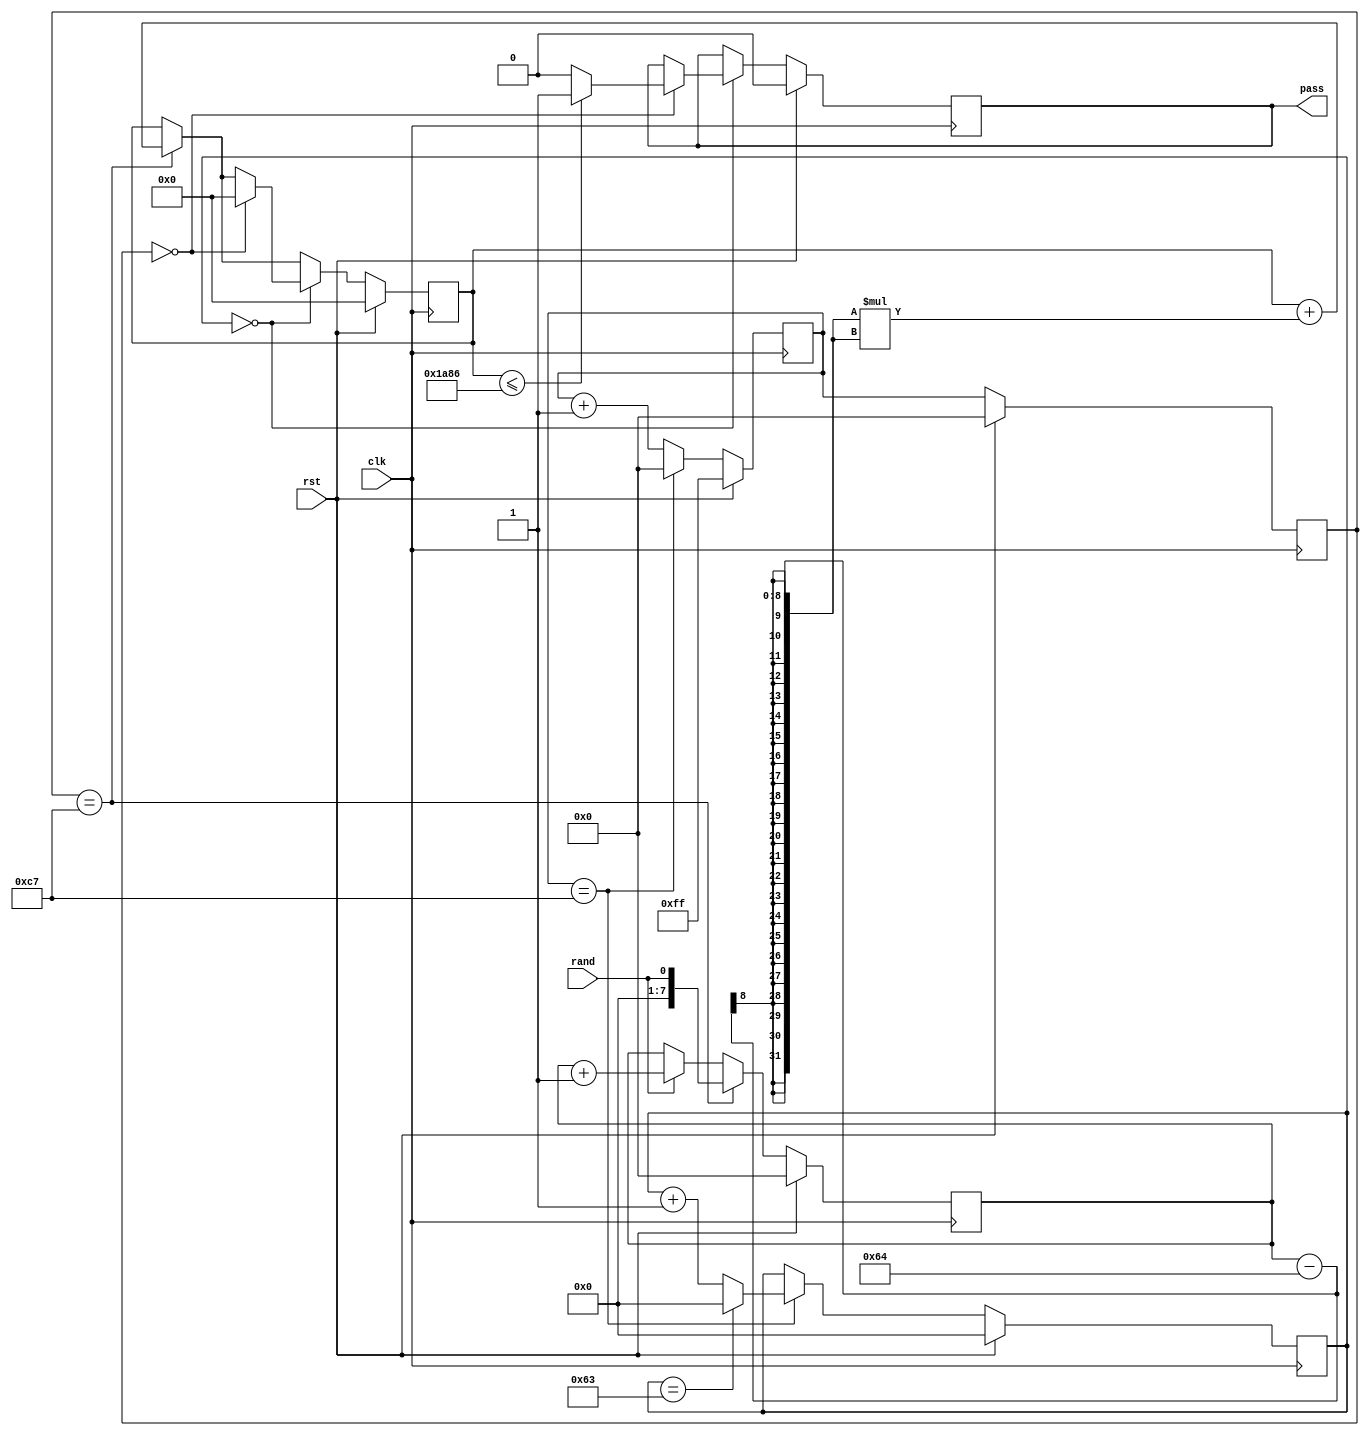
`timescale 1ns / 1ps
//////////////////////////////////////////////////////////////////////////////////
// Company: 
// Engineer: 
// 
// Design Name: 
// Module Name:    Frequency 
// Project Name: 
// Target Devices: 
// Tool versions: 
// Description: 
//
// Dependencies: 
//
// Revision: 
// Revision 0.01 - File Created
// Additional Comments: 
//
//////////////////////////////////////////////////////////////////////////////////
module Frequency_Block(
    input wire clk,
	 input wire rst,
    input wire rand,
    output reg pass
    );
	 
parameter n = 100, M = 200, U = 6790;

reg [7:0] count_bits0, count_bits1, count_ones;
reg [6:0] count_blocks;
reg [19:0] chi_sqr; //log2((M^2)/4*n)

always @(posedge clk)
	if (rst) begin
		count_bits0 <= 8'HFF;
		count_bits1 <= 0;
		count_blocks <= 0;
		count_ones <= 0;
		chi_sqr <= 0;
		pass <= 0;
	end
	else begin
		count_bits0 <= count_bits0 + 1; 
		if (count_bits0 == (M-1)) begin
			count_bits0 <= 0;
			count_blocks <= count_blocks + 1;
			if (count_blocks == (n-1)) begin
				count_blocks <= 0; 
			end
		end
		count_bits1 <= count_bits0;
		//count_bits2 <= count_bits1;
		
		if (rand) count_ones <= count_ones + 1;			
		if (count_bits1 == (M-1)) begin
			count_ones <= rand;
			chi_sqr <= chi_sqr + (count_ones - M/2)*(count_ones - M/2);
		end
		
		if (count_blocks == 0)
			if (count_bits1 == 0)			
			begin
				chi_sqr <= 0;
				if (chi_sqr <= U) pass <= 1;
				else pass <= 0;
			end
		
	end
	
endmodule